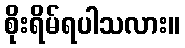
စိုးရိမ်ရပါသလား။